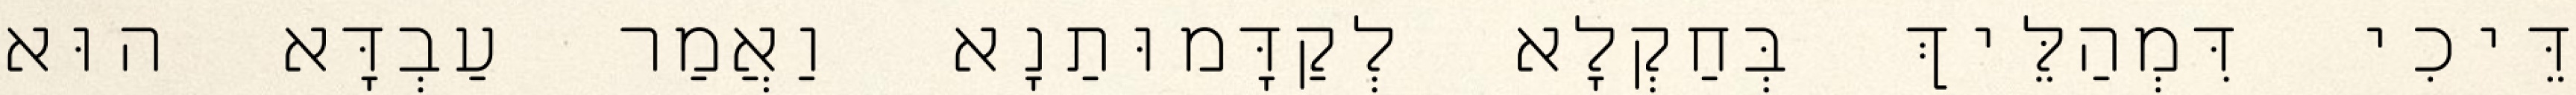
דֵּיכִי דִּמְהַלֵּיךְ בְּחַקְלָא לְקַדָּמוּתַנָא וַאֲמַר עַבְדָּא הוּא